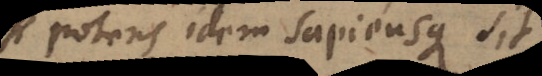
potens idem sapiensque sit